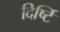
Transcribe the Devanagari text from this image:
दिर्ष्टि